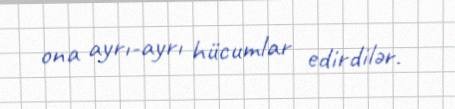
ona ayrı-ayrı hücumlar edirdilər.